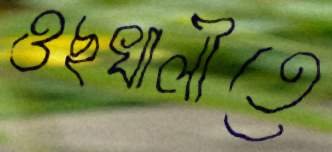
ওছখালীতে